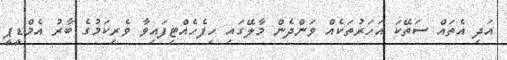
އަދި އެތައް ސަތޭކަ އަހަރުތަކެއް ވަންދެން މާލޭގައި ހިފެހެއްޓިފައިވާ ވެރިކަމުގެ ބާރު އެމްޑީޕީ